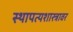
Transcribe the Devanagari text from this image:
स्थापत्यशास्त्रावर